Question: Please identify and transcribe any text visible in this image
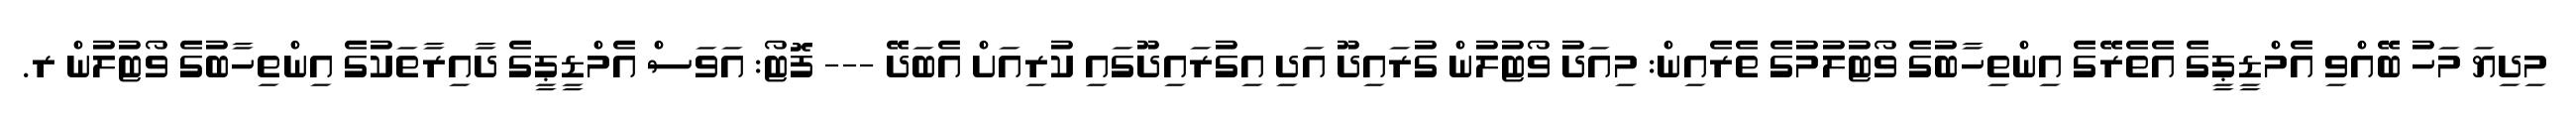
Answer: މިދިޔަ މަހު ބޭއްވި އެމްޑީޕީގެ އެތެރޭގެ އިންތިހާބުގެ ވޯޓުލުމުގެ ތެރެއިން: މިއަދު ވޯޓުލުން ގުރައިދޫ އަދި އިގުރައިދޫގައި ކުރިއަށް އެބަދޭ --- ފޮޓޯ: އަވަސް އެމްޑީޕީގެ ދާއިރާތަކުގެ އިންތިހާބުގެ ވޯޓުލުން ރ.